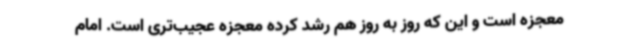
معجزه است و این که روز به روز هم رشد کرده معجزه عجیب‌تری است. امام